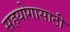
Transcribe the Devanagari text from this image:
सहयोगासाठी